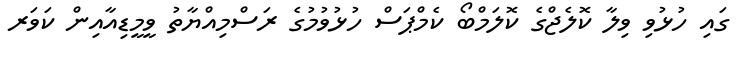
ގައި ހުޅުވި ވިލާ ކޮލެޖްގެ ކޮލަމްބޯ ކެމްޕަސް ހުޅުވުމުގެ ރަސްމިއްޔާތު ވީމީޑިއާއިން ކަވަރ